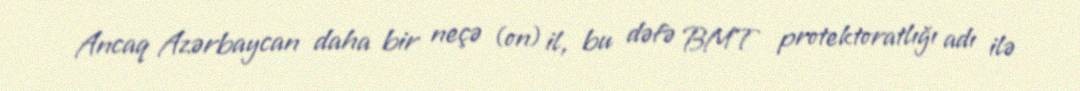
Ancaq Azərbaycan daha bir neçə (on) il, bu dəfə BMT protektoratlığı adı ilə